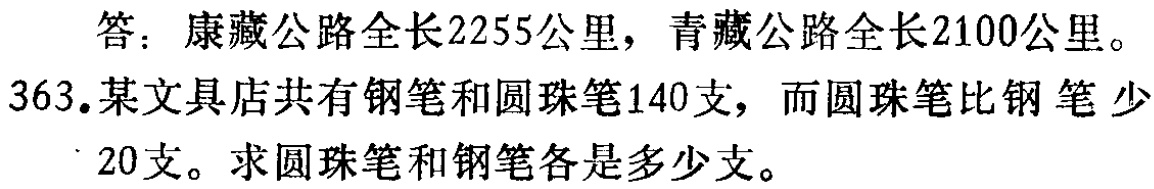
答：康藏公路全长2255公里，青藏公路全长2100公里。
363.某文具店共有钢笔和圆珠笔140支，而圆珠笔比钢笔少20支。求圆珠笔和钢笔各是多少支。